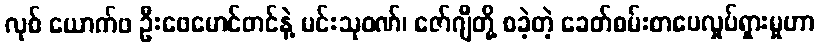
လုစ် ယောက်ဖ ဦးဖေမောင်တင်နဲ့ မင်းသုဝဏ်၊ ဇော်ဂျီတို့ စခဲ့တဲ့ ခေတ်စမ်းစာပေလှုပ်ရှားမှုဟာ